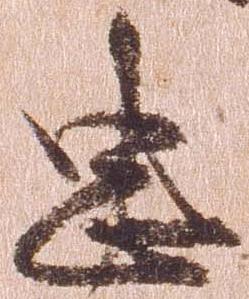
忠